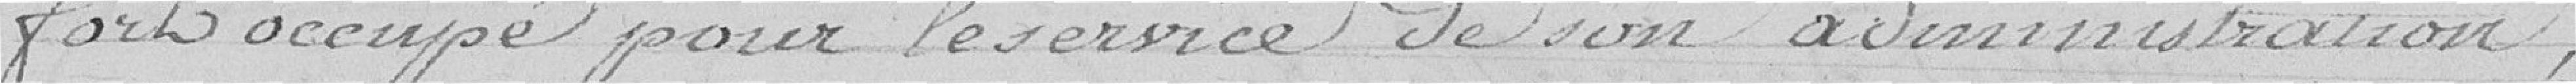
fort occupé pour le service de son administration,